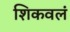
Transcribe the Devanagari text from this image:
शिकवलं